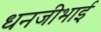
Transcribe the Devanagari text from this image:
धनजीभाई